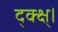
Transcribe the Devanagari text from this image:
द्क्क्ष्।